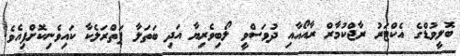
ބޮލީވުޑްގެ އެކްޓަރު ރާޖްކުމާރް ރާއޯއާއި ދުވަސްވީ ލޯބިވެރިޔާ އަދި ބަތަލާ ޕަތްރަލެކާ ކައިވެނިކޮށްފިއެވެ.